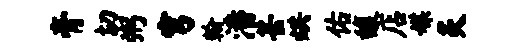
膏切粥穹翰潘甚烘佑馥店媒灸